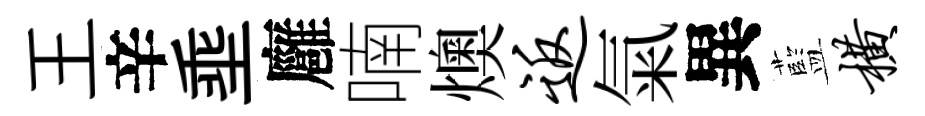
王辛埀廱喃燠返氣異藍横